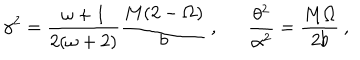
\gamma ^ { 2 } = \frac { \omega + 1 } { 2 ( \omega + 2 ) } \frac { M ( 2 - \Omega ) } { b } \: , \: \: \: \: \: \: \: \frac { \theta ^ { 2 } } { \alpha ^ { 2 } } = \frac { M \Omega } { 2 b } \: ,